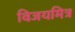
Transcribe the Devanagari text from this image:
विजयमित्र